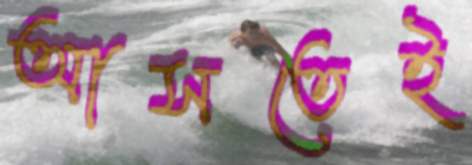
আসতেই